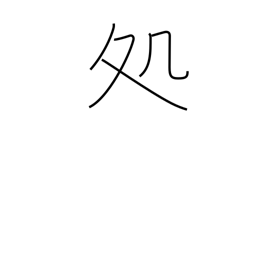
Meaning: sentence